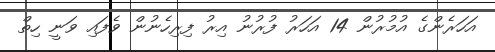
އަހަރެންގެ އުމުރުން 14 އަހަރު ފުރުނު އިރު ފިރިހެނުން ވެފައި ވަނީ ހިތް